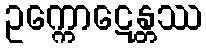
ဥက္ကောဋေန္တဿ